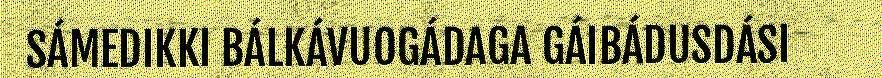
SÁMEDIKKI BÁLKÁVUOGÁDAGA GÁIBÁDUSDÁSI